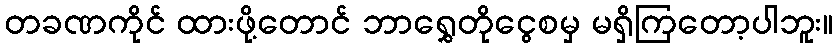
တခဏကိုင် ထားဖို့တောင် ဘာရွှေတိုငွေစမှ မရှိကြတော့ပါဘူး။